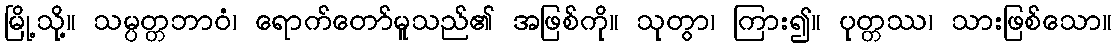
မြို့သို့။ သမ္ပတ္တဘာဝံ၊ ရောက်တော်မူသည်၏ အဖြစ်ကို။ သုတွာ၊ ကြား၍။ ပုတ္တဿ၊ သားဖြစ်သော။